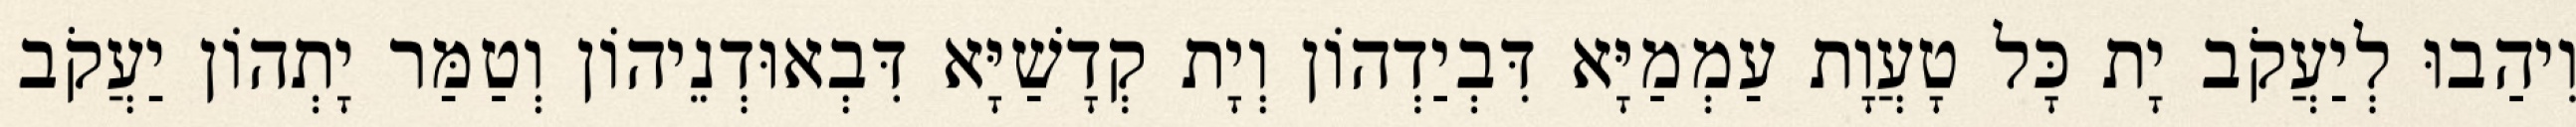
וִיהַבוּ לְיַעֲקֹב יָת כָּל טָעֲוָת עַמְמַיָּא דִּבְיַדְהוֹן וְיָת קְדָשַׁיָּא דִּבְאוּדְנֵיהוֹן וְטַמַּר יָתְהוֹן יַעֲקֹב